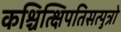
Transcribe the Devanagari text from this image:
कश्चित्क्षिपतिसत्पुत्रो